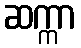
ဆက္ကာ